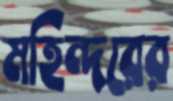
মহিন্দরের